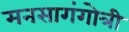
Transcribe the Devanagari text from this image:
मनसागंगोत्री